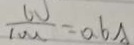
\frac { w } { 1 0 0 } = 0 . 6 A